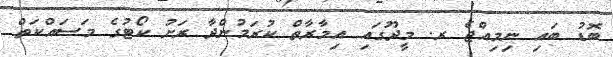
ބޮޑު ބައި ނިމިއްޖެ ރ. މީދޫގައި އިމާރާތް ކުރަމުންދާ ރަށު ކޯޓުގެ މަސައްކަތް